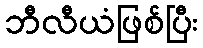
ဘီလီယံဖြစ်ပြီး